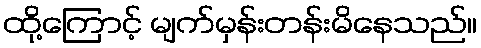
ထို့ကြောင့် မျက်မှန်းတန်းမိနေသည်။